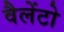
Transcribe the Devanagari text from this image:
वैलेंटो